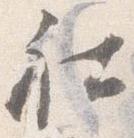
社